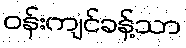
ဝန်းကျင်ခန့်သာ